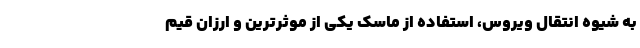
به شیوه انتقال ویروس، استفاده از ماسک یکی از موثرترین و ارزان قیم